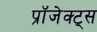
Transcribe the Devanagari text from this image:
प्रॉजेक्ट्स